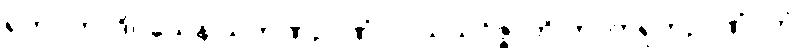
ရုတဂတာဒိဝသေန သကုဏဉာဏံ။ ဝါယသဝိဇ္ဇာတိ ကာကရုတဉာဏံ, တံ